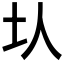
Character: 𡉇